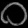
Digit: ၀